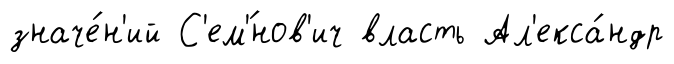
значе́н'ий С'ем'́нов'ич власть Ал'екса́ндр